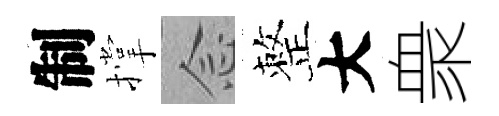
制撑𫝹整大衆